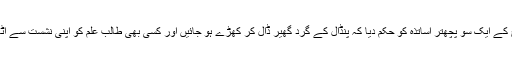
اس نے کالج کے ایک سو پچھتر اساتذہ کو حکم دیا کہ پنڈال کے گرد گھیر ڈال کر کھڑے ہو جائیں اور کسی بھی طالب علم کو اپنی نشست سے اٹھنے نہ دیں۔